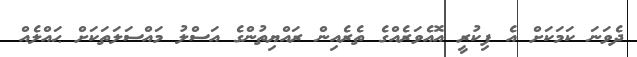
ދެވަނަ ކަމަކަށް އެ ފިކުރީ އޮއެވަރެއްގެ ތެރެއިން ރައްޔިތުންގެ އަސްލު މައްސަލަތަކަށް ޙައްލެއް